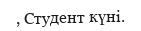
, Студент күні.